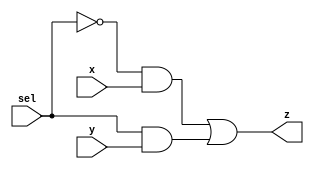

module TwoOneMux (output /*reg*/ z, input x,y,sel);

not(w1 ,sel);
and(w2,w1,x);
and(w3,sel,y);
or(z,w2,w3);

/*   assign z =(~sel *~y*x)+(~sel*y*x)+(sel*y*x)+(sel*y*x);*/

/*always@ (x or y or sel)
begin
if (sel ==0)
begin
z=x;

end 

else if (sel ==1)
begin 
z=y;

end 

else 
begin
z= 1'bx;

end 

end */
endmodule

module OurTwoOneTestbench;
reg x, y,sel;
wire z;
initial
begin
$monitor ("%b %b %b %b", x, y, sel, z);
#5 
sel =0;
x=0;
y=1;

#5 
x=1;
y=0;

#5 
sel = 1;

#5
x=0;
y=1;



end 

TwoOneMux M1(z,x,y,sel);
endmodule